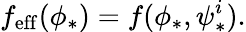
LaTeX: f_{\mathrm{eff}}(\phi_{*})=f(\phi_{*},\psi_{*}^{i}).